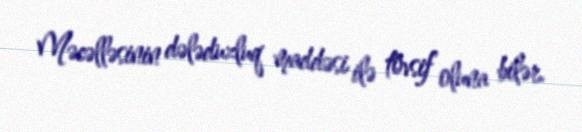
Məcəlləsinin dələduzluq maddəsi ilə tövsif oluna bilər.